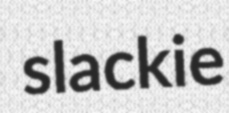
slackie